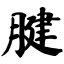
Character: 腱